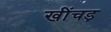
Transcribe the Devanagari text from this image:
खींचड़